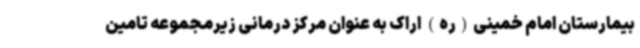
بیمارستان امام خمینی(ره) اراک به عنوان مرکز درمانی زیرمجموعه تامین